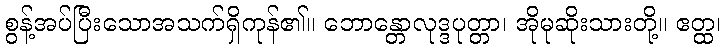
စွန့်အပ်ပြီးသောအသက်ရှိကုန်၏။ ဘောန္တောလုဒ္ဒပုတ္တာ၊ အိုမုဆိုးသားတို့။ ဧတ္ထ၊